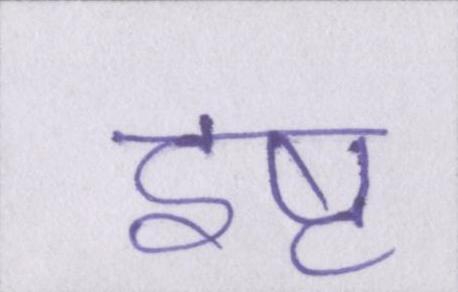
इष्ट